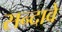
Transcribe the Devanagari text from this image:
सन्दावे